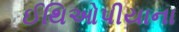
ઈથિઓપીયાના